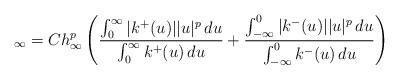
LaTeX: \begin{align*}&\overline{}_\infty=Ch_\infty^p\left(\frac{\int_{0}^\infty |k^+(u)||u|^p\, du} {\int_{0}^\infty k^+(u)\, du} +\frac{\int_{-\infty}^0 |k^-(u)||u|^p\, du} {\int_{-\infty}^0 k^-(u)\, du}\right)\end{align*}